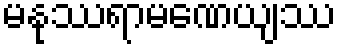
မနုဿရာမဏေယျဿ